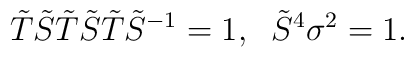
\tilde T\tilde S\tilde T\tilde S\tilde T\tilde S^{-1}=1,\; \; \tilde S^4\sigma ^2=1.